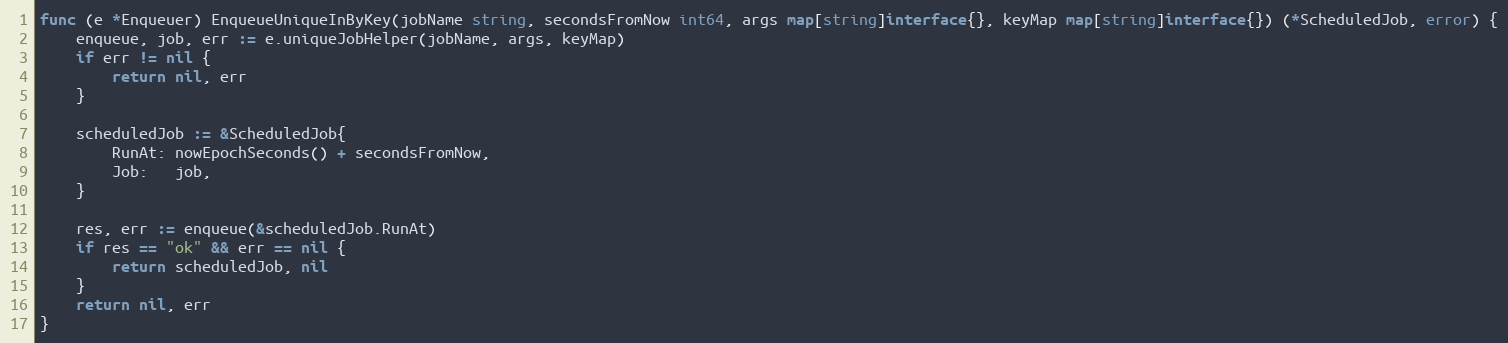
Language: Go
func (e *Enqueuer) EnqueueUniqueInByKey(jobName string, secondsFromNow int64, args map[string]interface{}, keyMap map[string]interface{}) (*ScheduledJob, error) {
	enqueue, job, err := e.uniqueJobHelper(jobName, args, keyMap)
	if err != nil {
		return nil, err
	}

	scheduledJob := &ScheduledJob{
		RunAt: nowEpochSeconds() + secondsFromNow,
		Job:   job,
	}

	res, err := enqueue(&scheduledJob.RunAt)
	if res == "ok" && err == nil {
		return scheduledJob, nil
	}
	return nil, err
}